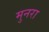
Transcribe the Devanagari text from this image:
मुनरा